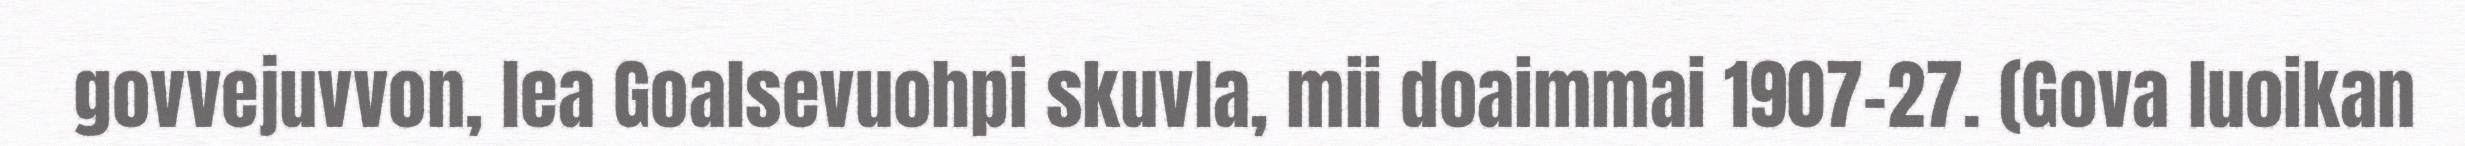
govvejuvvon, lea Goalsevuohpi skuvla, mii doaimmai 1907-27. (Gova luoikan